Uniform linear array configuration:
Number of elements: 12
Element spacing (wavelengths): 0.25
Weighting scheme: hamming
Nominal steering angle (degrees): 15
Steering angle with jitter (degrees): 16.695
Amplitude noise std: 0.05
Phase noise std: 0.05

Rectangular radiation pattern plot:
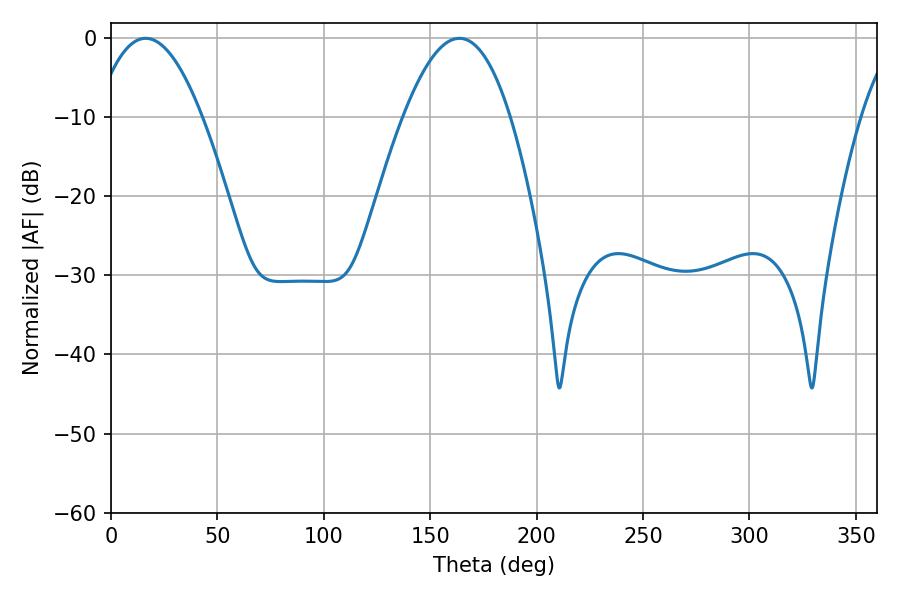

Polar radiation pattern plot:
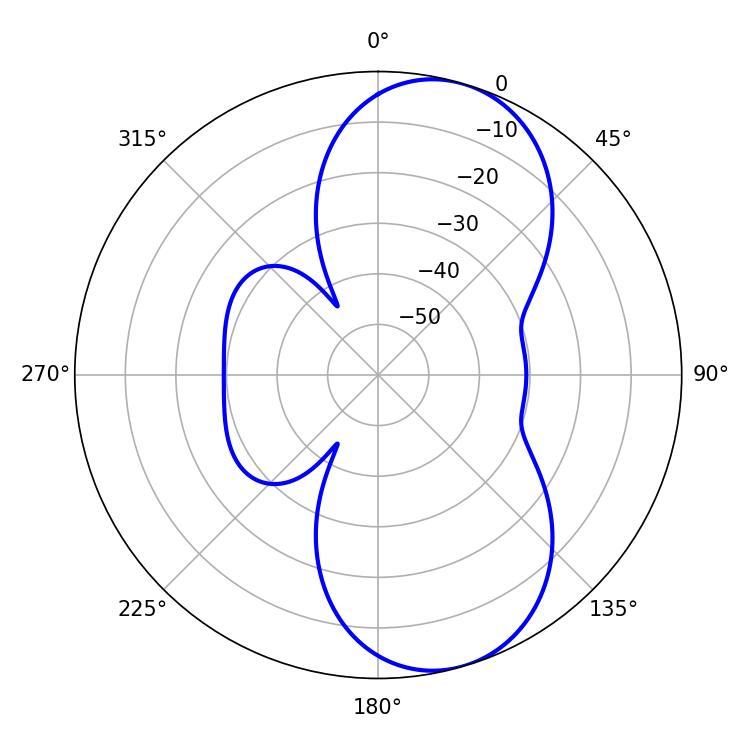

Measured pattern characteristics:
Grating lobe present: FALSE
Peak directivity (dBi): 8.278
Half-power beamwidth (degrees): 27.54
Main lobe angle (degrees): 16.2